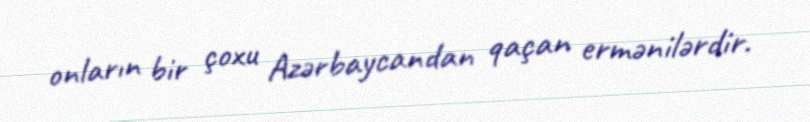
onların bir çoxu Azərbaycandan qaçan ermənilərdir.